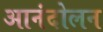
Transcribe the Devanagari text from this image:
आनंदोलन